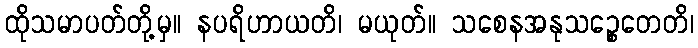
ထိုသမာပတ်တို့မှ။ နပရိဟာယတိ၊ မယုတ်။ သစေနအနုသဉ္စေတေတိ၊